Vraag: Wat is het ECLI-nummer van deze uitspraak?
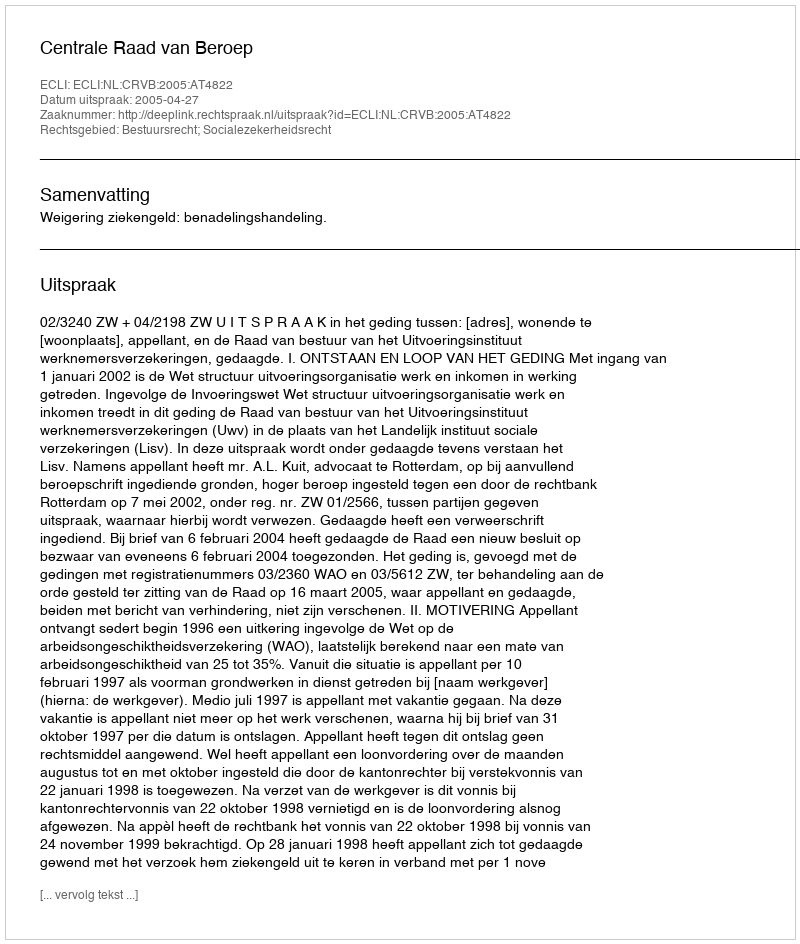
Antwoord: ECLI:NL:CRVB:2005:AT4822